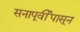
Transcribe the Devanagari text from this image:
सनापूर्वीपासून